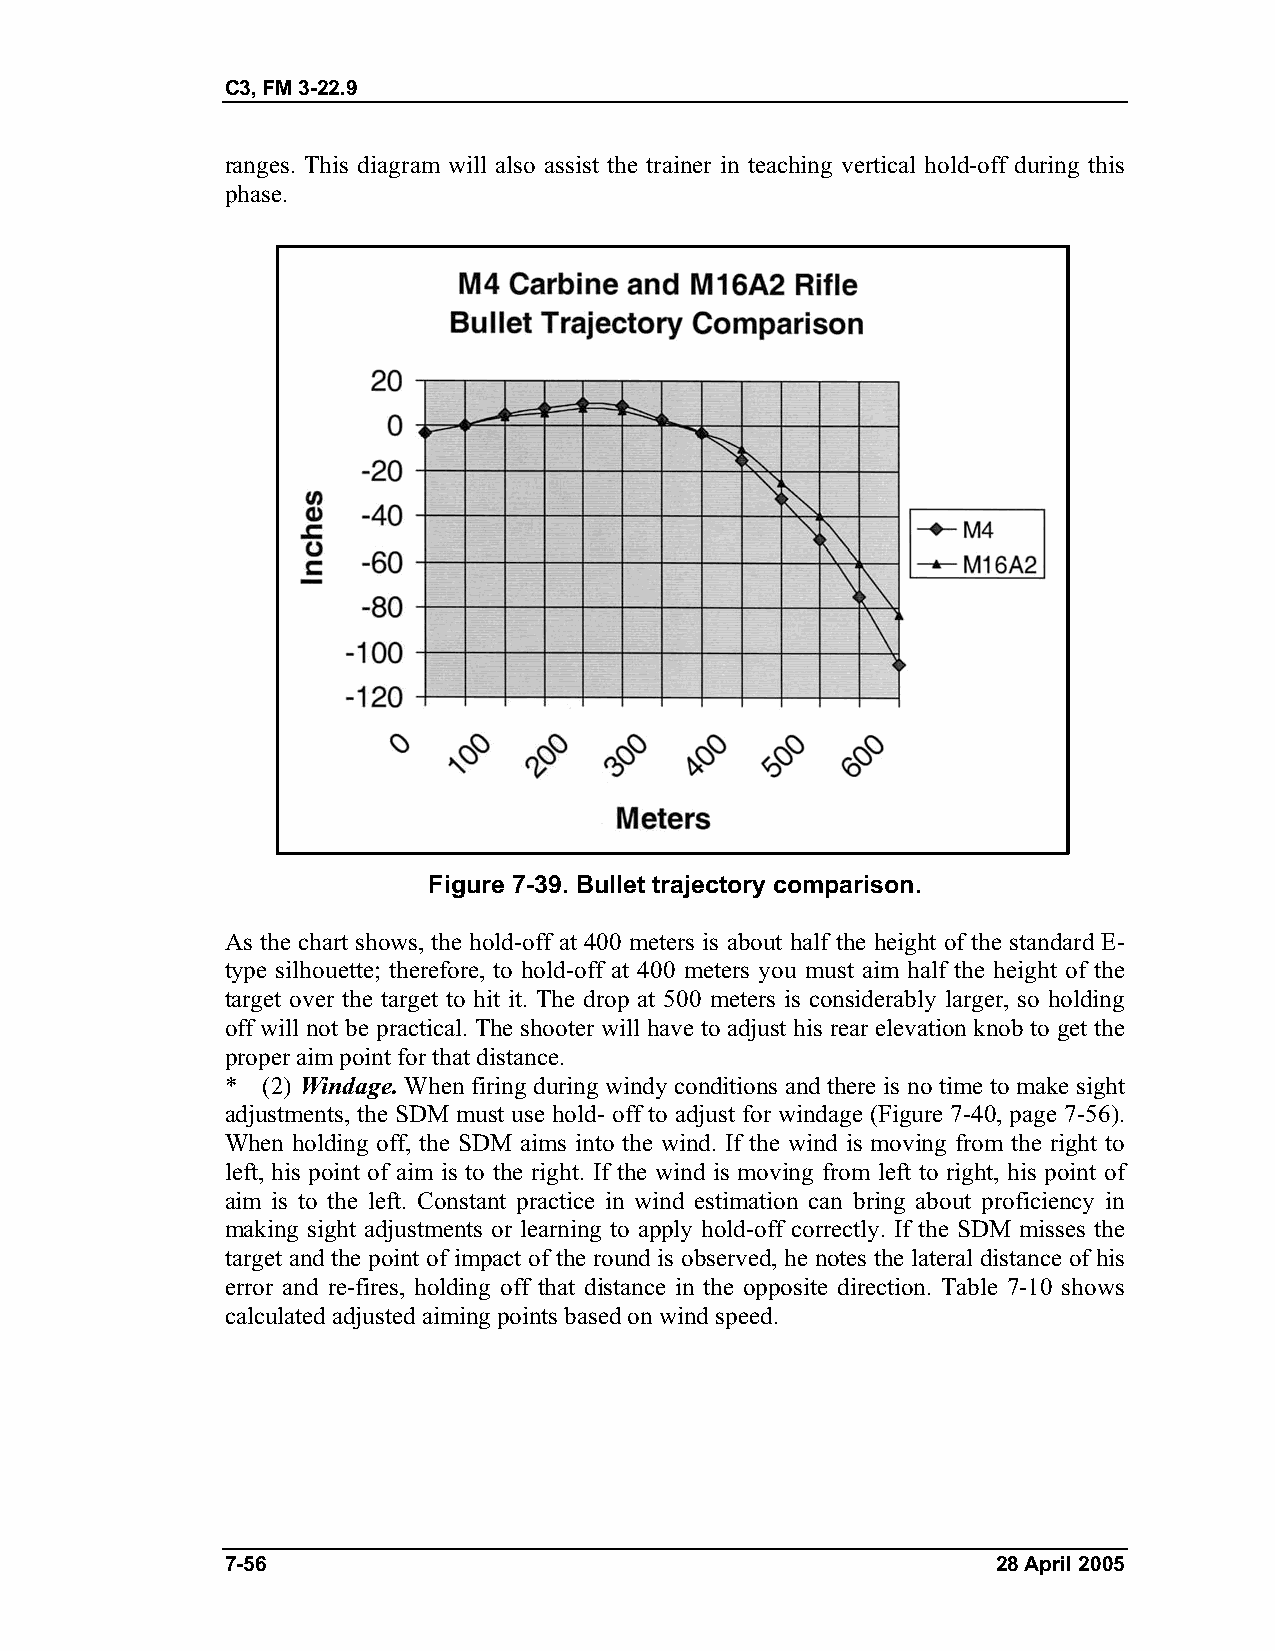
C3, FM 3-22.9
 ranges. This diagram will also assist the trainer in teaching vertical hold-off during this
 phase.
 Figure 7-39. Bullet trajectory comparison.
 As the chart shows, the hold-off at 400 meters is about half the height of the standard E-
 type silhouette; therefore, to hold-off at 400 meters you must aim half the height of the
 target over the target to hit it. The drop at 500 meters is considerably larger, so holding
 off will not be practical. The shooter will have to adjust his rear elevation knob to get the
 proper aim point for that distance.
 * (2) Windage. When firing during windy conditions and there is no time to make sight
 adjustments, the SDM must use hold- off to adjust for windage (Figure 7-40, page 7-56).
 When holding off, the SDM aims into the wind. If the wind is moving from the right to
 left, his point of aim is to the right. If the wind is moving from left to right, his point of
 aim is to the left. Constant practice in wind estimation can bring about proficiency in
 making sight adjustments or learning to apply hold-off correctly. If the SDM misses the
 target and the point of impact of the round is observed, he notes the lateral distance of his
 error and re-fires, holding off that distance in the opposite direction. Table 7-10 shows
 calculated adjusted aiming points based on wind speed.
 7-56                                               28 April 2005